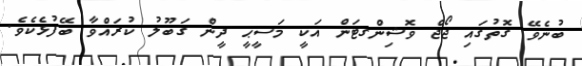
ބުނެވޭ ގޮތުގައި ޖޯޖް ވޮޝިންގޓަން އަކީ މަސީޙީ ދީން ގަބޫލު ކުރައްވާ ބޭފުޅެކެވެ.